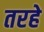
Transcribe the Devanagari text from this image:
तरहे